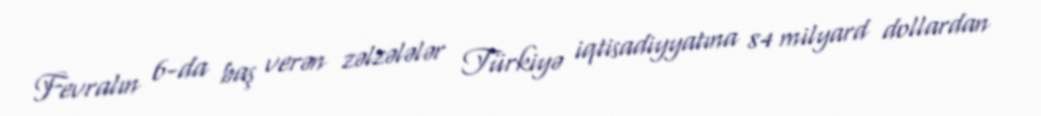
Fevralın 6-da baş verən zəlzələlər Türkiyə iqtisadiyyatına 84 milyard dollardan